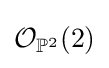
{\mathcal {O}}_{\mathbb {P} ^{2}}(2)